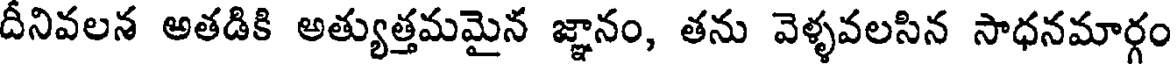
దీనివలన అతడికి అత్యుత్తమమైన జ్ఞానం, తను వెళ్ళవలసిన సాధనమార్గం